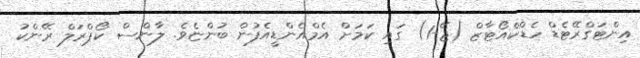
އިންޓަގްރޭޓެޑް ހެޑްކްއޯޓާޒް (ޖޭ-1) ގައި ކަަމަށް އެމްއެންޑީއެފުން ބުންޏެވެ. ލާންސް ކޯޕްރަލް ރޭންކު